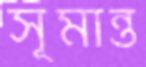
সূমান্ত